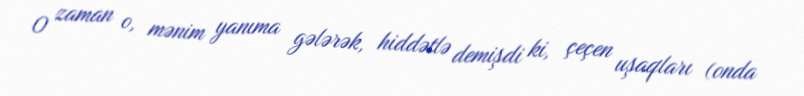
O zaman o, mənim yanıma gələrək, hiddətlə demişdi ki, çeçen uşaqları (onda